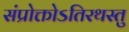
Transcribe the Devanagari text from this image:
संप्रोक्तोऽतिरथस्तु